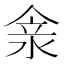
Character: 𠊺